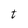
Character: t